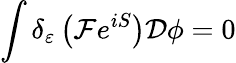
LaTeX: \int\delta_{\varepsilon}\left({\mathcal{F}}e^{iS}\right){\mathcal{D}}\phi=0